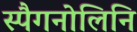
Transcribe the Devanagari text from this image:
स्पैगनोलिनि